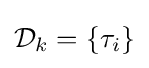
{\textstyle {\mathcal {D}}_{k}=\left\{\tau _{i}\right\}}